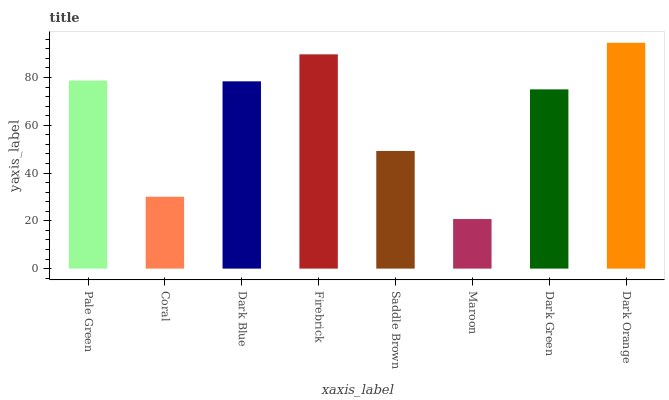
| xaxis_label | bars |
 | --- | --- |
 | Pale Green | 78.7 |
 | Coral | 30.1 |
 | Dark Blue | 78.4 |
 | Firebrick | 89.7 |
 | Saddle Brown | 49.2 |
 | Maroon | 20.8 |
 | Dark Green | 75 |
 | Dark Orange | 94.5 |